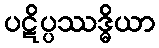
ပဋိပ္ပဿဒ္ဓိယာ